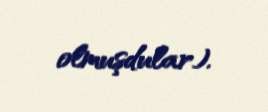
olmuşdular).